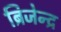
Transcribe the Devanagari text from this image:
ब्रिजेन्द्र